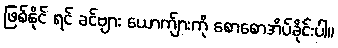
ဖြစ်နိုင် ရင် ခင်ဗျား ယောက်ျားကို စောစောအိပ်ခိုင်းပါ။